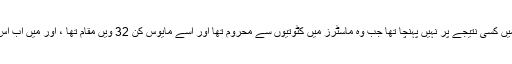
میں اس سال کے شروع میں کسی نتیجے پر نہیں پہنچا تھا جب وہ ماسٹرز میں کٹوتیوں سے محروم تھا اور اسے مایوس کن 32 ویں مقام تھا ، اور میں اب اس کام سے انکار کرتا ہوں۔